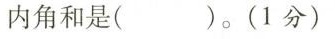
内角和是( )。(1分)